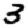
Digit: 3